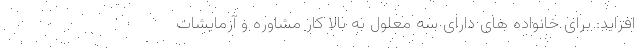
افزاید: برای خانواده های دارای سه معلول به بالا کار مشاوره و آزمایشات